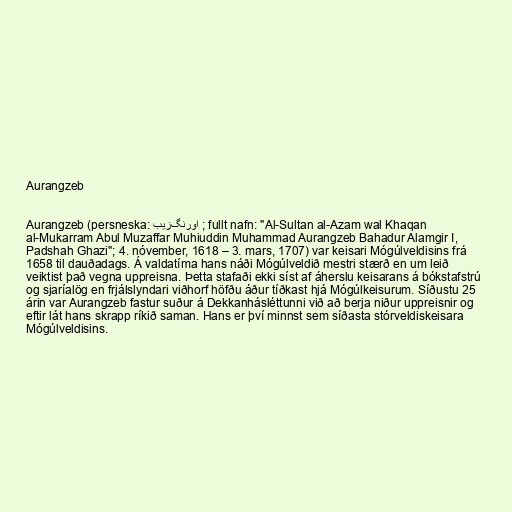
Aurangzeb

Aurangzeb (persneska: اورنگ‌زیب ; fullt nafn: "Al-Sultan al-Azam wal Khaqan
al-Mukarram Abul Muzaffar Muhiuddin Muhammad Aurangzeb Bahadur Alamgir I,
Padshah Ghazi"; 4. nóvember, 1618 – 3. mars, 1707) var keisari Mógúlveldisins frá
1658 til dauðadags. Á valdatíma hans náði Mógúlveldið mestri stærð en um leið
veiktist það vegna uppreisna. Þetta stafaði ekki síst af áherslu keisarans á bókstafstrú
og sjaríalög en frjálslyndari viðhorf höfðu áður tíðkast hjá Mógúlkeisurum. Síðustu 25
árin var Aurangzeb fastur suður á Dekkanhásléttunni við að berja niður uppreisnir og
eftir lát hans skrapp ríkið saman. Hans er því minnst sem síðasta stórveldiskeisara
Mógúlveldisins.